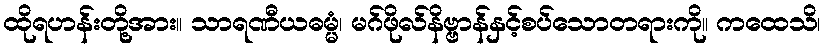
ထိုရဟန်းတို့အား။ သာရဏီယဓမ္မံ၊ မဂ်ဖိုလ်နိဗ္ဗာန်နှင့်စပ်သောတရားကို။ ကထေသိ၊